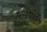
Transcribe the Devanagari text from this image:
एसपोर्टे